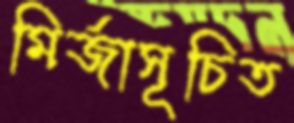
মির্জাসূচিত